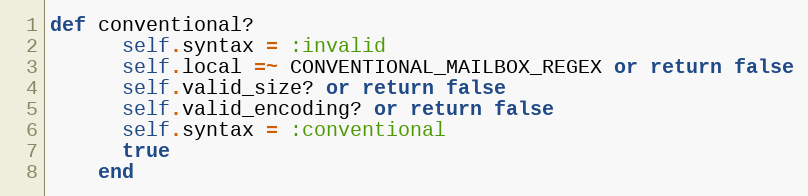
Language: Ruby
def conventional?
      self.syntax = :invalid
      self.local =~ CONVENTIONAL_MAILBOX_REGEX or return false
      self.valid_size? or return false
      self.valid_encoding? or return false
      self.syntax = :conventional
      true
    end